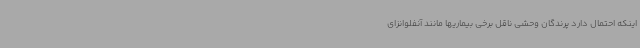
اینکه احتمال دارد پرندگان وحشی ناقل برخی بیماریها مانند آنفلوانزای